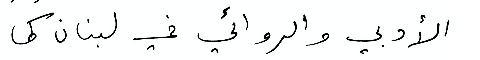
الأدبي والروائي في لبنان كما